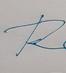
Signature authenticity: forged